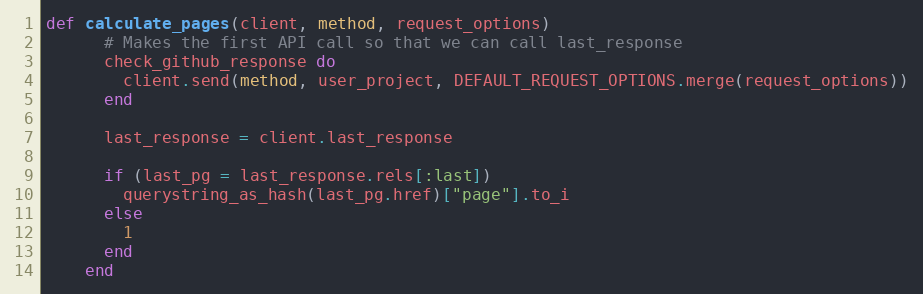
Language: Ruby
def calculate_pages(client, method, request_options)
      # Makes the first API call so that we can call last_response
      check_github_response do
        client.send(method, user_project, DEFAULT_REQUEST_OPTIONS.merge(request_options))
      end

      last_response = client.last_response

      if (last_pg = last_response.rels[:last])
        querystring_as_hash(last_pg.href)["page"].to_i
      else
        1
      end
    end